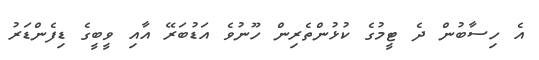
އެ ހިސާބުން ދެ ޓީމުގެ ކުޅުންތެރިން ހޫނުވެ އަޑުބަރޭ އާއި ވީބީގެ ޑިފެންޑަރު